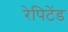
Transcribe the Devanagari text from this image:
रेपिटेंड